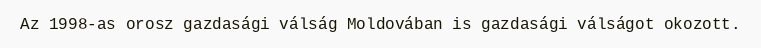
Az 1998-as orosz gazdasági válság Moldovában is gazdasági válságot okozott.